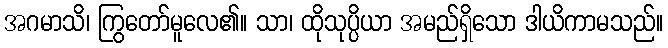
အဂမာသိ၊ ကြွတော်မူလေ၏။ သာ၊ ထိုသုပ္ပိယာ အမည်ရှိသော ဒါယိကာမသည်။